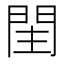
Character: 𨳳